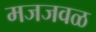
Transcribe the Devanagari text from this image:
मजजवळ